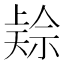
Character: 𱵜